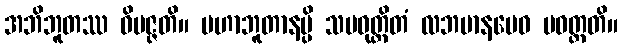
အဘိဘူတဿ ဝိပဇ္ဇတိ။ မဟာဘူတာနမ္ပိ သမဝုတ္တိတံ လဘမာနမေဝ ပဝတ္တတိ။